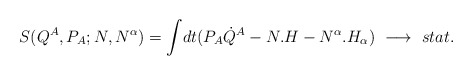
\begin{align*}S(Q^{A},P_{A};N,N^{\alpha}) = {\int} dt(P_{A}{\dot Q}^{A}-N.H-N^{\alpha}.H_{\alpha})\ \longrightarrow\ stat.\end{align*}